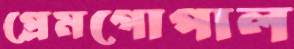
প্রেমগোপাল